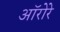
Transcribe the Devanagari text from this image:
ऑरोरे